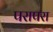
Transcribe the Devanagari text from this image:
परापरा